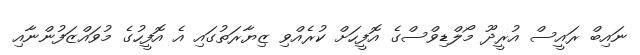
ނައިބް ރައީސް އުރީދޫ މޯލްޑިވްސްގެ އޮފީހަށް ކުރެއްވި ޒިޔާރަތުގައި އެ އޮފީހުގެ މުވައްޒަފުންނާއި